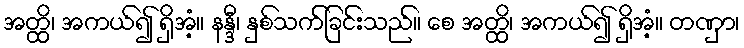
အတ္ထိ၊ အကယ်၍ ရှိအံ့။ နန္ဒီ၊ နှစ်သက်ခြင်းသည်။ စေ အတ္ထိ၊ အကယ်၍ ရှိအံ့။ တဏှာ၊